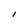
Character: l